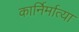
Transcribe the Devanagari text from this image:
कार्निर्मात्या